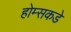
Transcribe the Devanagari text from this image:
होम्सकडे